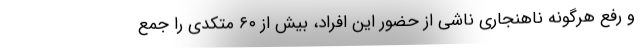
و رفع هرگونه ناهنجاری ناشی از حضور این افراد، بیش از ۶۰ متکدی را جمع